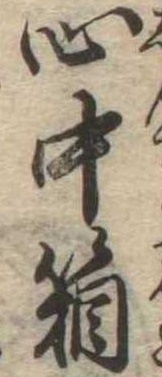
心中箱